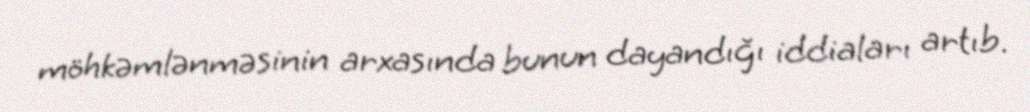
möhkəmlənməsinin arxasında bunun dayandığı iddiaları artıb.